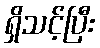
ရှိသင့်ပြီး